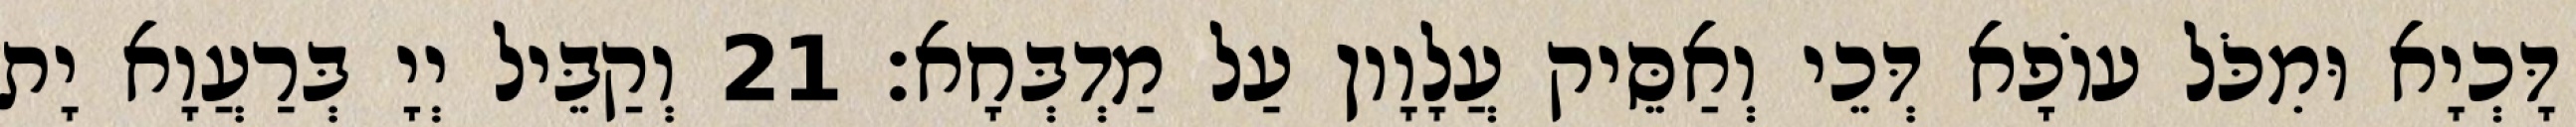
דָּכְיָא וּמִכֹּל עוֹפָא דְּכֵי וְאַסֵּיק עֲלָוָון עַל מַדְבְּחָא׃ 21 וְקַבֵּיל יְיָ בְּרַעֲוָא יָת